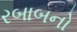
રબાબનો